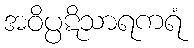
အဝိပ္ပဋိသာရကရံ